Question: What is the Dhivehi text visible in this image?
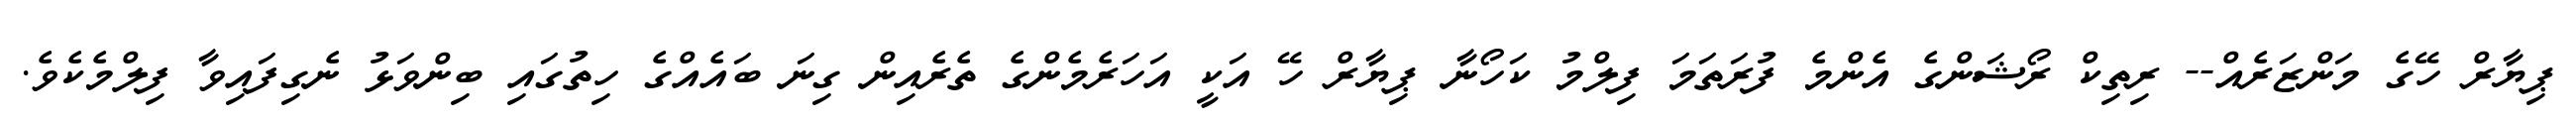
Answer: ޕިޔާރް ހޭގެ މަންޒަރެއް-- ރިތިކް ރޯޝަންގެ އެންމެ ފުރަތަމަ ފިލްމު ކަހޯނާ ޕިޔާރް ހޭ އަކީ އަހަރެމެންގެ ތެރެއިން ގިނަ ބައެއްގެ ހިތުގައި ބިންވަޅު ނެގިފައިވާ ފިލްމެކެވެ.